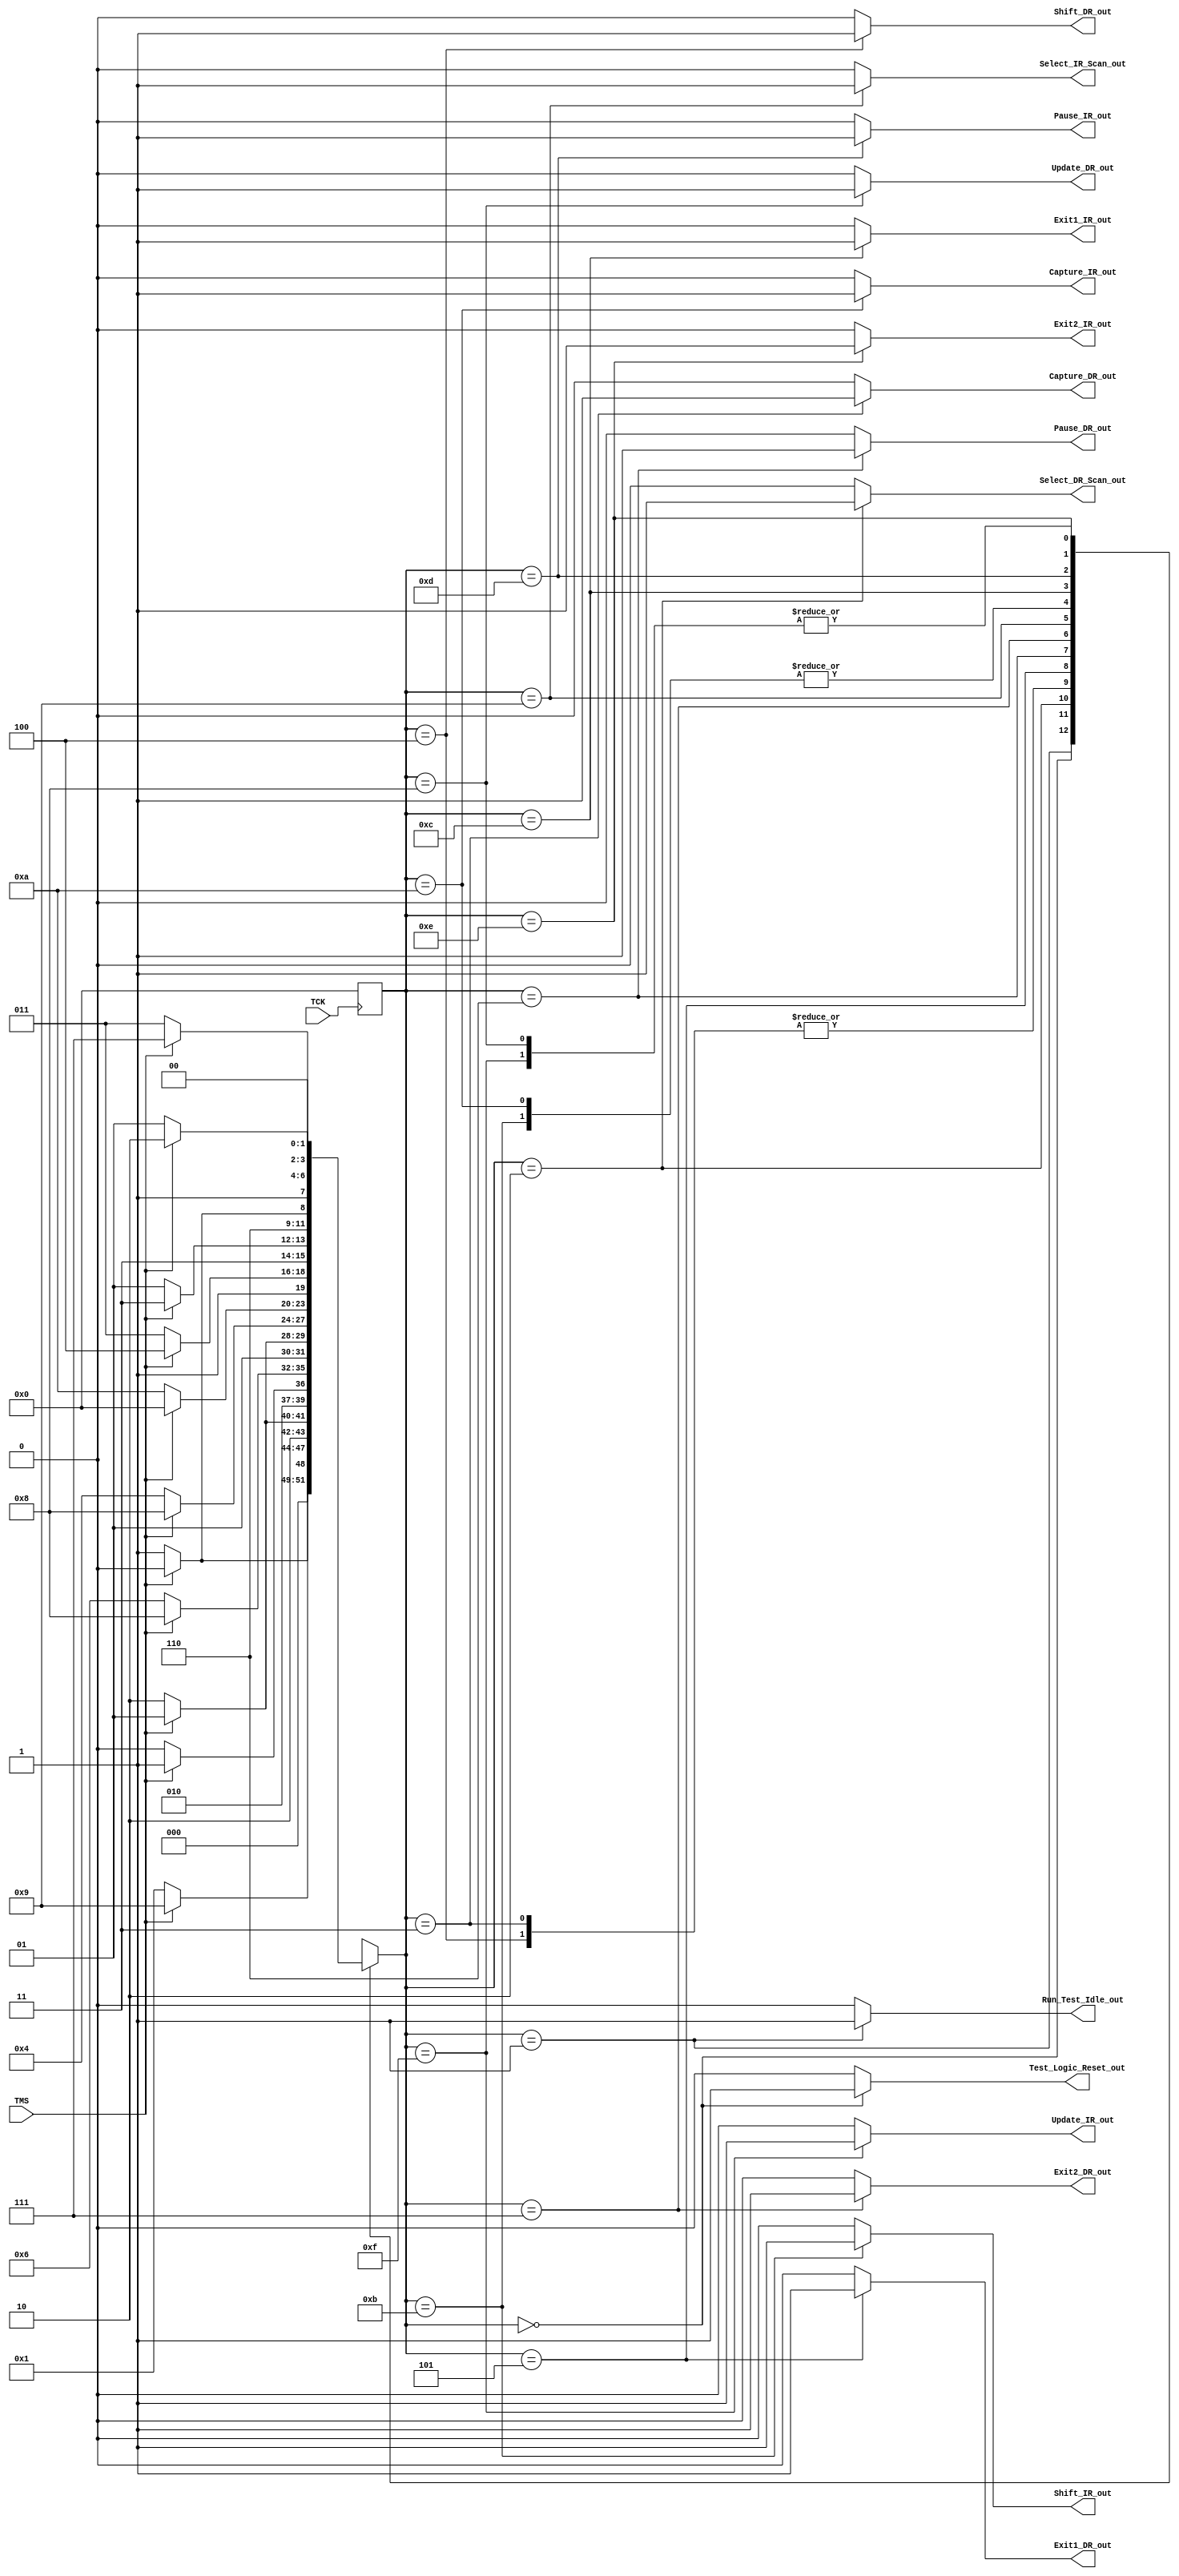
//TAP_FSM

module TAP_FSM( 
   input TCK,TMS,
   output Run_Test_Idle_out,
	Test_Logic_Reset_out,
	Select_DR_Scan_out,
	Capture_DR_out,
	Shift_DR_out,
	Exit1_DR_out,
	Pause_DR_out,
	Exit2_DR_out,
	Update_DR_out,
	Select_IR_Scan_out,
	Capture_IR_out,
	Shift_IR_out,
	Exit1_IR_out,
	Pause_IR_out,
	Exit2_IR_out,
   Update_IR_out);
// 4 bit intermediate states
   reg[3:0]state,nxt_state;
// defining parameters for every output
localparam Test_Logic_Reset=4'd0;
localparam Run_Test_Idle=4'd1;
localparam Select_DR_Scan=4'd2;
localparam Capture_DR=4'd3;
localparam Shift_DR=4'd4;
localparam Exit1_DR=4'd5;
localparam Pause_DR=4'd6;
localparam Exit2_DR=4'd7;
localparam Update_DR=4'd8;
localparam Select_IR_Scan=4'd9;
localparam Capture_IR=4'd10;
localparam Shift_IR=4'd11;
localparam Exit1_IR=4'd12;
localparam Pause_IR=4'd13;
localparam Exit2_IR=4'd14;
localparam Update_IR=4'd15;
//updation of state
always @(posedge TCK )
begin

	state <= Test_Logic_Reset;
	
end


  //transistion of states main block
always @(state,TMS)
begin
case(state)
	Test_Logic_Reset:begin
						if(TMS==1)
							state <= Test_Logic_Reset;
						else
							state <= Run_Test_Idle;
					end
                 
	Run_Test_Idle:begin
      if(TMS==1)
        state <= Select_IR_Scan;
					else
						state <= Run_Test_Idle;
    end
  
				

	Select_DR_Scan:begin
      if(TMS==1)
						state <=Select_IR_Scan;
					else
						state <= Capture_IR;
    end
  


	Capture_DR:begin
      if(TMS==1)
						state <= Exit1_DR;
					else
						state <= Shift_DR;
	end

	Shift_DR:begin
      if(TMS==1)
					state <= Exit1_DR;
				else
					state <= Shift_DR;
	end

	Exit1_DR:begin
      if(TMS==1)
					state <= Update_DR;
				else
				state <= Pause_DR;
	end

	Pause_DR:begin
      if(TMS==1)
			state <= Exit1_DR;
				else
			state <= Pause_DR;
	end

	Exit2_DR:begin
      if(TMS==1)
					state <= Update_DR;
				else
					state <= Shift_DR;
	end

	Update_DR:begin
      if(TMS==1)
					state <= Select_DR_Scan;
				else
					state <= Run_Test_Idle;
    end

	Select_IR_Scan:begin
      if(TMS==1)
					state <= Test_Logic_Reset;
				else
					state <= Capture_IR;
	end

	Capture_IR:begin
      if(TMS==1)
					state <= Exit1_IR;
				else
					state <= Shift_IR;
	end

	Shift_IR:begin
      if(TMS==1)
					state <= Exit1_IR;
				else
					state <= Shift_IR;
	end

	Exit1_IR:begin
      if(TMS==1)
					state <= Update_IR;
				else
					state <= Pause_IR;
	end

	Pause_IR:begin
      if(TMS==1)
					state <= Exit1_IR;
				else
					state <= Pause_IR;
	end

	Exit2_IR:begin
      if(TMS==1)
					state <= Update_IR;
	else
					state <= Shift_IR;
	end

	Update_IR:begin
      if(TMS==1)
					state <= Select_DR_Scan;
				else
					state <= Run_Test_Idle;
				end
       default:nxt_state<=Test_Logic_Reset;
      endcase
 
    end

// for moore based fsm defining the outputs
  assign Test_Logic_Reset_out=(state==Test_Logic_Reset)?1'b1:1'b0;
  assign Run_Test_Idle_out=(state==Run_Test_Idle)?1'b1:1'b0;
  assign Select_DR_Scan_out=(state==Select_DR_Scan)?1'b1:1'b0;
  assign Capture_DR_out=(state==Capture_DR)?1'b1:1'b0;
  assign Shift_DR_out=(state==Shift_DR)?1'b1:1'b0;
  assign Exit1_DR_out=(state==Exit1_DR)?1'b1:1'b0;
  assign Pause_DR_out=(state==Pause_DR)?1'b1:1'b0;
  assign Exit2_DR_out=(state==Exit2_DR)?1'b1:1'b0;
  assign Update_DR_out=(state==Update_DR)?1'b1:1'b0;
  assign Select_IR_Scan_out=(state==Select_IR_Scan)?1'b1:1'b0;
  assign Capture_IR_out=(state==Capture_IR)?1'b1:1'b0;
  assign Shift_IR_out=(state==Shift_IR)?1'b1:1'b0;
  assign Exit1_IR_out=(state==Exit1_IR)?1'b1:1'b0;
  assign Pause_IR_out=(state==Pause_IR)?1'b1:1'b0;
  assign Exit2_IR_out=(state==Exit2_IR)?1'b1:1'b0;
  assign Update_IR_out=(state==Update_IR)?1'b1:1'b0;

endmodule